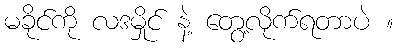
မခိုင်ကို လဒမှိုင် နဲ့ တွေ့လိုက်ရတာပဲ ။